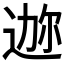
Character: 𫐪